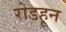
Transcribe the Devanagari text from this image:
रोडहून